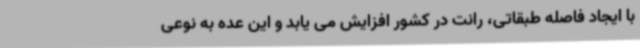
با ایجاد فاصله طبقاتی، رانت در کشور افزایش می یابد و این عده به نوعی